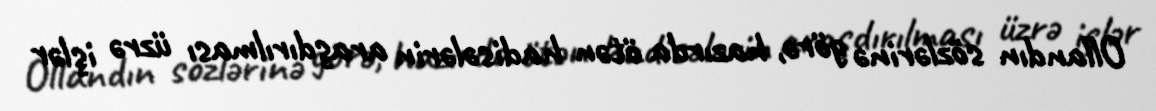
Ollandın sözlərinə görə, hazırda ötən hadisələrin araşdırılması üzrə işlər